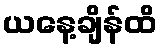
ယနေ့ချိန်ထိ